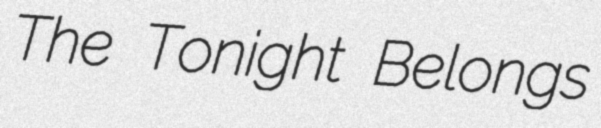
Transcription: The Tonight Belongs